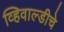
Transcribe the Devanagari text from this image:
व्हिवाल्डीचे